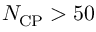
N _ { \mathrm { C P } } > 5 0 \